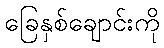
ခြေနှစ်ချောင်းကို